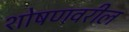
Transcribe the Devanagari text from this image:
शोषणवरील